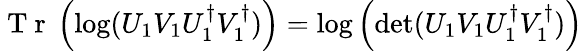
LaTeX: \mathrm{~T~r~}\left(\log(U_{1}V_{1}U_{1}^{\dagger}V_{1}^{\dagger})\right)=\log\left(\operatorname*{det}(U_{1}V_{1}U_{1}^{\dagger}V_{1}^{\dagger})\right)